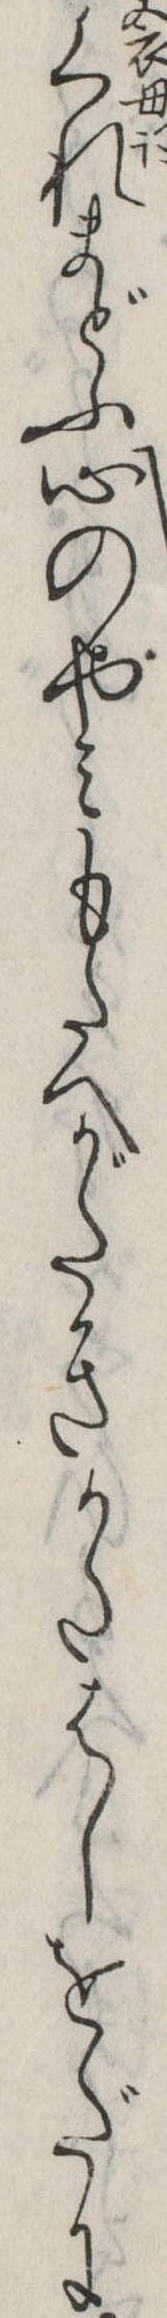
くれまどふ心のやみもたへがたきかたはしをだに